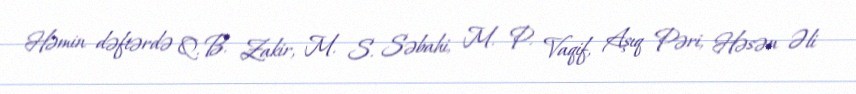
Həmin dəftərdə Q. B. Zakir, M. S. Səbahi, M. P. Vaqif, Aşıq Pəri, Həsən Əli